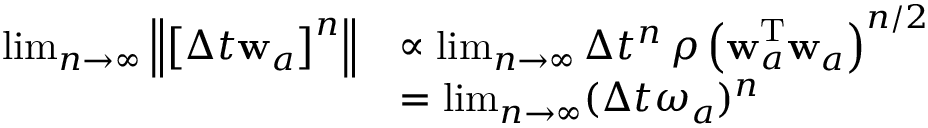
\begin{array} { r l } { \operatorname* { l i m } _ { n \rightarrow \infty } \left\| \left[ \Delta t \mathbf { w } _ { a } \right] ^ { n } \right\| } & { \propto \operatorname* { l i m } _ { n \rightarrow \infty } \Delta t ^ { n } \, \rho \left( \mathbf { w } _ { a } ^ { \mathrm { T } } \mathbf { w } _ { a } \right) ^ { n / 2 } } \\ & { = \operatorname* { l i m } _ { n \rightarrow \infty } ( \Delta t \omega _ { a } ) ^ { n } } \end{array}